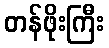
တန်ဖိုးကြီး